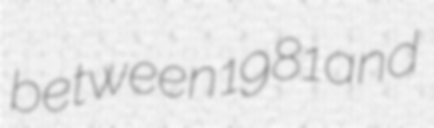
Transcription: between 1981 and